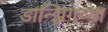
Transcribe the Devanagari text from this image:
डान्झिगच्या